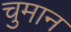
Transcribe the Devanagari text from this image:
चुमान